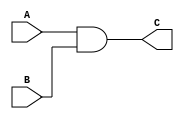
module myand(
input A,B,
output reg C
);

always@(*) begin
	C = A && B;
end
endmodule